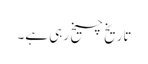
تاریخ چیخ رہی ہے۔